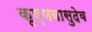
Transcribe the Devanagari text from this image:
कृष्णवासुदेव